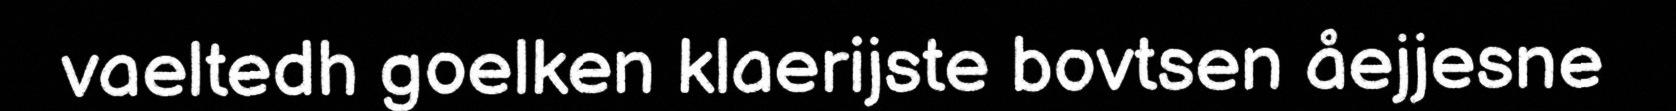
vaeltedh goelken klaerijste bovtsen åejjesne